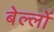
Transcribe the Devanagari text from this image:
बेल्लों